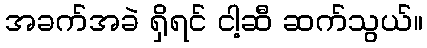
အခက်အခဲ ရှိရင် ငါ့ဆီ ဆက်သွယ်။